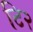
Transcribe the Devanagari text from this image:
टि२